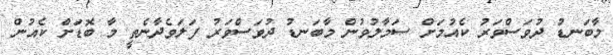
މާބަނޑު ދުވަސްވަރު ކެއުމަށް ސަމާލުވުން މާބަނޑު ދުވަސްވަރު ފަލަވެދާނެތީ މާ ބޮޑަށް ކެއުން